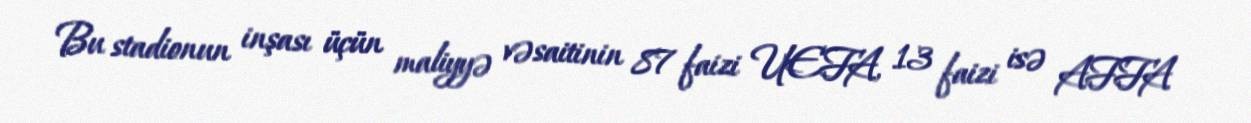
Bu stadionun inşası üçün maliyyə vəsaitinin 87 faizi UEFA, 13 faizi isə AFFA